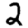
Digit: 2